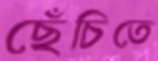
ছেঁচিতে